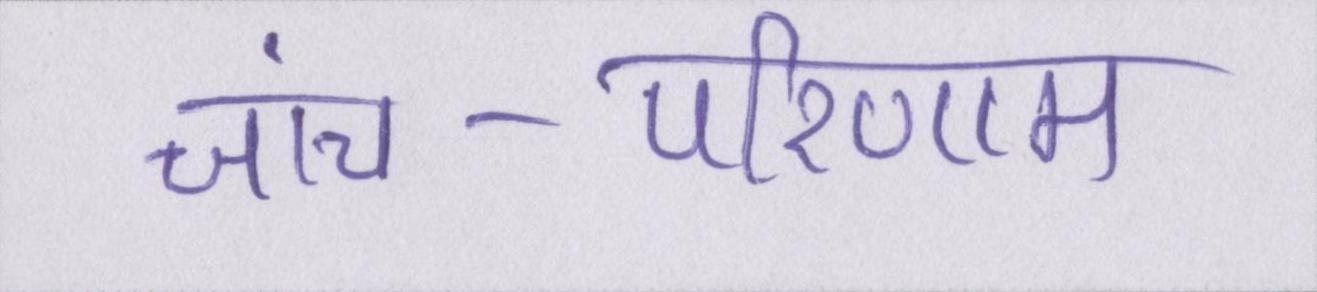
जांच-परिणाम